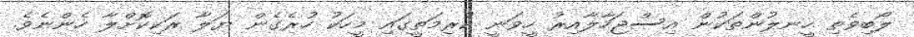
ލޯބިވެތި ހީނލުންތަކުން އިސްޖަހާލާއިރު ހީވަނީ ކުރިމަތީގައި މީހަކު ހުރެގެން ޔަލާ ރަކިކޮށްލާ ހެންނެވެ.